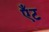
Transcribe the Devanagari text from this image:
ऍंट